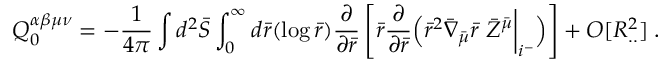
Q _ { 0 } ^ { \alpha \beta \mu \nu } = - \frac { 1 } { 4 \pi } \int d ^ { 2 } { \bar { \cal S } } \int _ { 0 } ^ { \infty } d { \bar { r } } ( \log { \bar { r } } ) \frac { \partial } { \partial { \bar { r } } } \left[ { \bar { r } } \frac { \partial } { \partial { \bar { r } } } \Bigl ( { \bar { r } } ^ { 2 } { \bar { \nabla } } _ { \bar { \mu } } { \bar { r } } \; { \bar { Z } } ^ { \bar { \mu } } \biggl | _ { i ^ { - } } \Bigr ) \right] + O [ R _ { . . } ^ { 2 } ] \; .